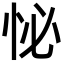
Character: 怭